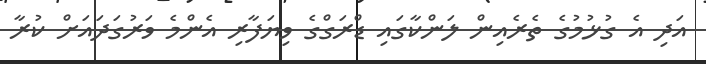
އަދި އެ ގުުޅުމުގެ ތެރެއިން ލަންކާގައި ޑްރަގްގެ ވިޔަފާރި އެންމެ ވަރުގަދައަށް ކުރާ